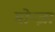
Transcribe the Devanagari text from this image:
मोन्ज़ा